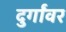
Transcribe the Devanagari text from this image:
दुर्गांवर